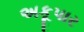
અકૂપાર